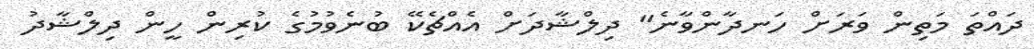
ދައްްތަ މަތިން ވަރަށް ހަނދާންވާނެ" ދިލްޝާދަށް އެއްޗެކޭ ބުނެވުމުގެ ކުރިން ހީން ދިލްޝާދު